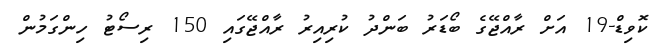
ކޮވިޑް-19 އަށް ރާއްޖޭގެ ބޯޑަރު ބަންދު ކުރިއިރު ރާއްޖޭގައި 150 ރިސޯޓު ހިންގަމުން